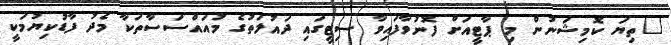
"ތިޔަ ކޮމިޝަނުން މި ޕާޓީއަށް ފޮނުވާފައިވާ ސިޓީގައި ދައުލަތުގެ މުއައްސަސާތަކާ މެދު ފާޑުކިޔުމަކީ